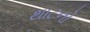
થાટનો